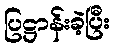
ပြဋ္ဌာန်းခဲ့ပြီး